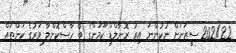
2021/22 ސީޒަނަށް ނުކުންނަ އިރު ރޮނާލްޑް ކޫމަންގެ ބޯ ހާސްކޮށްލާ ވަރުގެ ކަންތައް